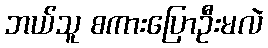
ဘယ်သူ စကားပြောဦးမလဲ